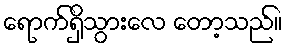
ရောက်ရှိသွားလေ တော့သည်။